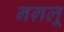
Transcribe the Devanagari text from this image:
नग़लू